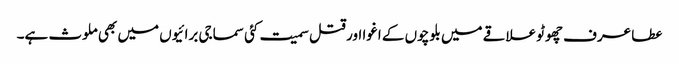
عطا عرف چھوٹو علاقے میں بلوچوں کے اغوا اور قتل سمیت کئی سماجی برائیوں میں بھی ملوث ہے۔